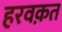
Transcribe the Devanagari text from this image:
हरवक़त